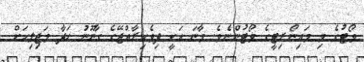
ވޯޓުގެ މި މައިނޯރިޓީގެ ވޯޓުންނެވެ. މާނަ އަކީ ދިވެހިރާއްޖޭގެ ގާނޫނު ހަދާ މަޖިލިހަށް